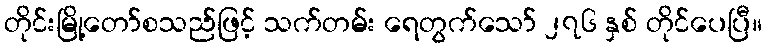
တိုင်းမြို့တော်စသည်ဖြင့် သက်တမ်း ရေတွက်သော် ၂၇၆ နှစ် တိုင်ပေပြီ။